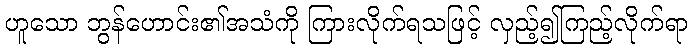
ဟူသော ဘွန်ဟောင်း၏အသံကို ကြားလိုက်ရသဖြင့် လှည့်၍ကြည့်လိုက်ရာ